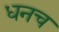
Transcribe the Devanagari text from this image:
धनच